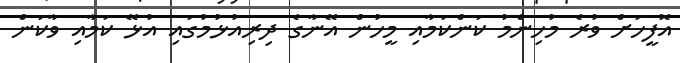
އޮފީހަށް ވުރެ މުހިންމު ކަންކަމާއި މީހުން އޭނާގެ ދިރިއުޅުމުގައި އުޅޭ ކަމާއި ވާކަން